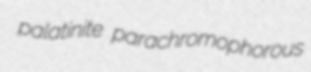
palatinite parachromophorous